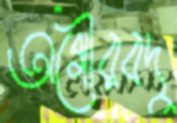
অগৌরবদু